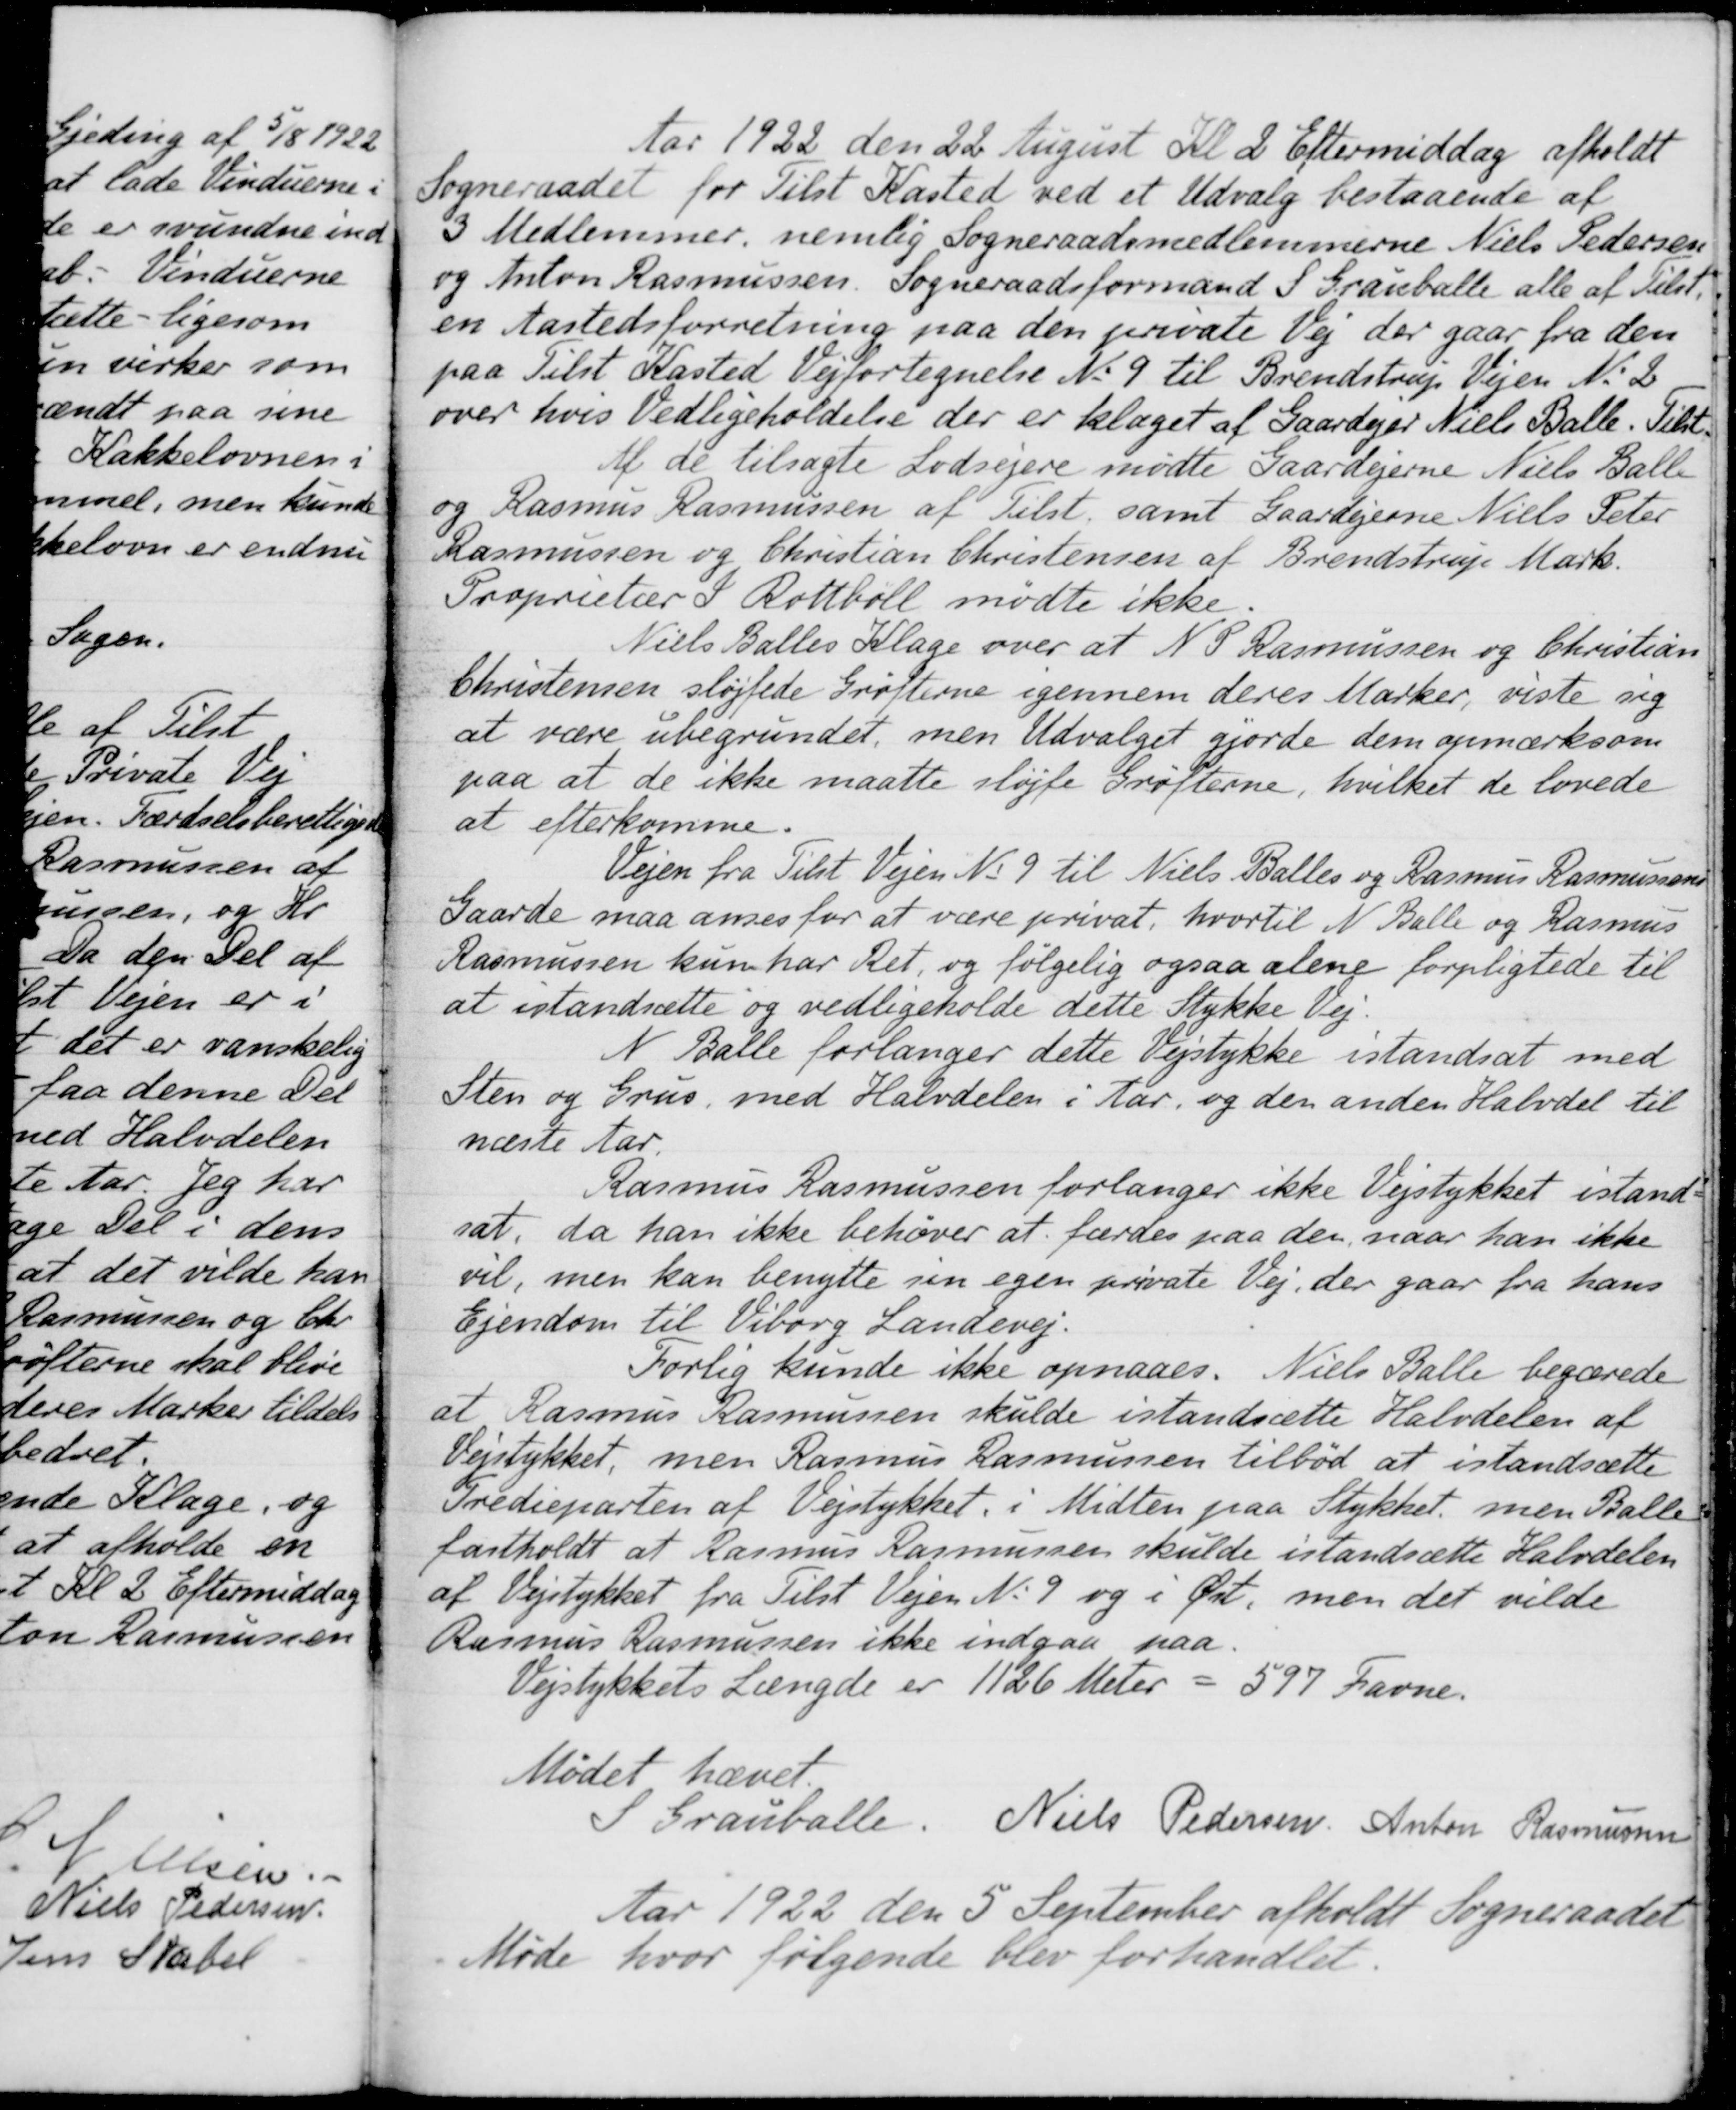
Transskription:
Aar 1922 den 22 August Kl 2 Eftermiddag afholdt
Sogneraadet for Tilst Kasted ved et Udvalg bestaaende af
3 Medlemmer, nemlig Sogneraadsmedlemmerne Niels Pedersen
og Anton Rasmussen. Sogneraadsformand S. Grauballe alle af Tilst.
en Aastedsforretning paa den private Vej der gaar fra den
paa Tilst Kasted Vejfortegnelse No 9 til Brendstrup Vejen No 2
over hvis Vedligeholdelse der er klaget af Gaardejer Niels Balle. Tilst
Af de tilsagte Lodsejere mødte Gaardejerne Niels Balle
og Rasmus Rasmussen af Tilst. samt Gaardejerne Niels Peter
Rasmussen og Christian Christensen af Brendstrup Mark.
Proprietær I. Rottbøll mødte ikke.
Niels Balles Klage over at N. P. Rasmussen og Christian
Christensen sløjfede Grøfterne igennem deres Marker, viste sig
at være ubegrundet, men Udvalget gjorde dem opmærksom
paa at de ikke maatte sløjfe Grøfterne, hvilket de lovede
at efterkomme.
Vejen fra Tilst Vejen No 9 til Niels Balles og Rasmus Rasmussens
Gaarde maa anses for at være privat, hvortil N. Balle og Rasmus
Rasmussen kun har Ret, og følgelig ogsaa alene forpligtede til
at istandsætte og vedligeholde dette Stykke Vej.
N Balle forlanger dette Vejstykke istandsat med
Sten og Grus, med Halvdelen i Aar, og den anden Halvdel til
næste Aar.
Rasmus Rasmussen forlanger ikke Vejstykket istand
sat, da han ikke behøver at færdes paa den, naar han ikke
vil, men kan benytte sin egen private Vej, der gaar fra hans
Ejendom til Viborg Landevej.
Forlig kunde ikke opnaaes. Niels Balle begærede
at Rasmus Rasmussen skulde istandsætte Halvdelen af
Vejstykket, men Rasmus Rasmussen tilbød at istandsætte
Tredieparten af Vejstykket i Midten paa Stykket men Balle
fastholdt at Rasmus Rasmussen skulde istandsætte Halvdelen
af Vejstykket fra Tilst Vejen No 9 og i Øst, men det vilde
Rasmus Rasmussen ikke indgaa paa.
Vejstykkets Længde er 1126 Meter = 597 Favne.
Mødet hævet
S. Grauballe
Niels Pedersen
Anton Rasmussen
Aar 1922 den 5 September afholdt Sogneraadet
Møde hvor følgende blev forhandlet.